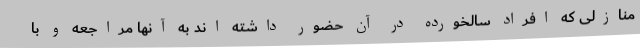
منازلی که افراد سالخورده در آن حضور داشته اند به آنها مراجعه و با